Plague in India, 1896, 1897 - Volume 3
Year: 1896
Disease focus: Plague
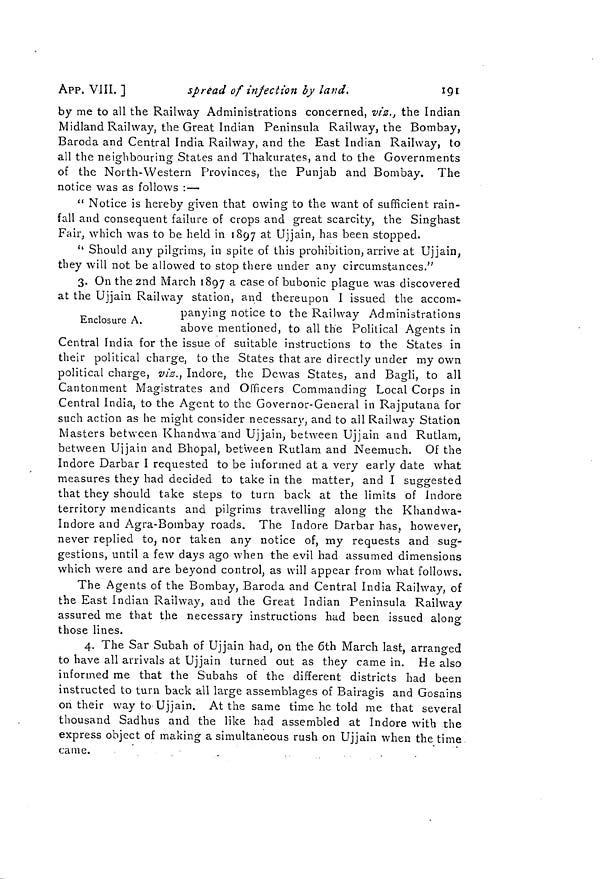
191
APP. VIII. ]
spread of infection by land.
by me to all the Railway Administrations concerned, viz., the Indian
Midland Railway, the Great Indian Peninsula Railway, the Bombay,
Baroda and Central India Railway, and the East Indian Railway, to
all the neighbouring States and Thakurates, and to the Governments
O
of the North-Western Provinces, the Punjab and Bombay. The
notice was as follows : —
" Notice is hereby given that owing to the want of sufficient rain-
fall and consequent failure of crops and great scarcity, the Singhast
Fair, which was to be held in 1897 at Ujjain, has been stopped.
u Should any pilgrims, in spite of this prohibition, arrive at Ujjain,
they will not be allowed to stop there under any circumstances."
3. On the 2nd March 1897 a case of bubonic plague was discovered
at the Ujjain Railway station, and thereupon I issued the accom-
panying notice to the Railway Administrations
Enclosure A.
.
above mentioned, to all the Political Agents in
Central India for the issue of suitable instructions to the States in
their political charge, to the States that are directly under my own
political charge, viz., Indore, the Dewas States, and Bagli, to all
Cantonment Magistrates and Officers Commanding Local Corps in
Central India, to the Agent to the Governor-General in Rajputana for
such action as he might consider necessary, and to all Railway Station
Masters between Khandwa and Ujjain, between Ujjain and Rutlam,
between Ujjain and Bhopal, between Rutlam and Neemuch. Of the
Indore Darbar I requested to be informed at a very early date what
measures they had decided to take in the matter, and I suggested
that they should take steps to turn back at the limits of Indore
territory mendicants and pilgrims travelling along the Khandwa-
Indore and Agra-Bombay roads. The Indore Darbar has, however,
never replied to, nor taken any notice of, my requests and sug-
gestions, until a few days ago when the evil had assumed dimensions
which were and are beyond control, as will appear from what follows.
The Agents of the Bombay, Baroda and Central India Railway, of
the East Indian Railway, and the Great Indian Peninsula Railway
assured me that the necessary instructions had been issued along
those lines.
4. The Sar Subah of Ujjain had, on the 6th March last, arranged
to have all arrivals at Ujjain turned out as they came in. He also
informed me that the Subahs of the different districts had been
instructed to turn back all large assemblages of Bairagis and Gosains
on their way to Ujjain. At the same time he told me that several
thousand Sadhus and the like had assembled at Indore with the
express object of making a simultaneous rush on Ujjain when the time
came.